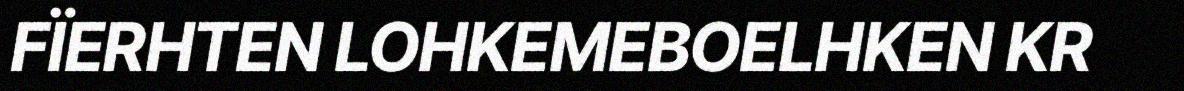
FÏERHTEN LOHKEMEBOELHKEN KR